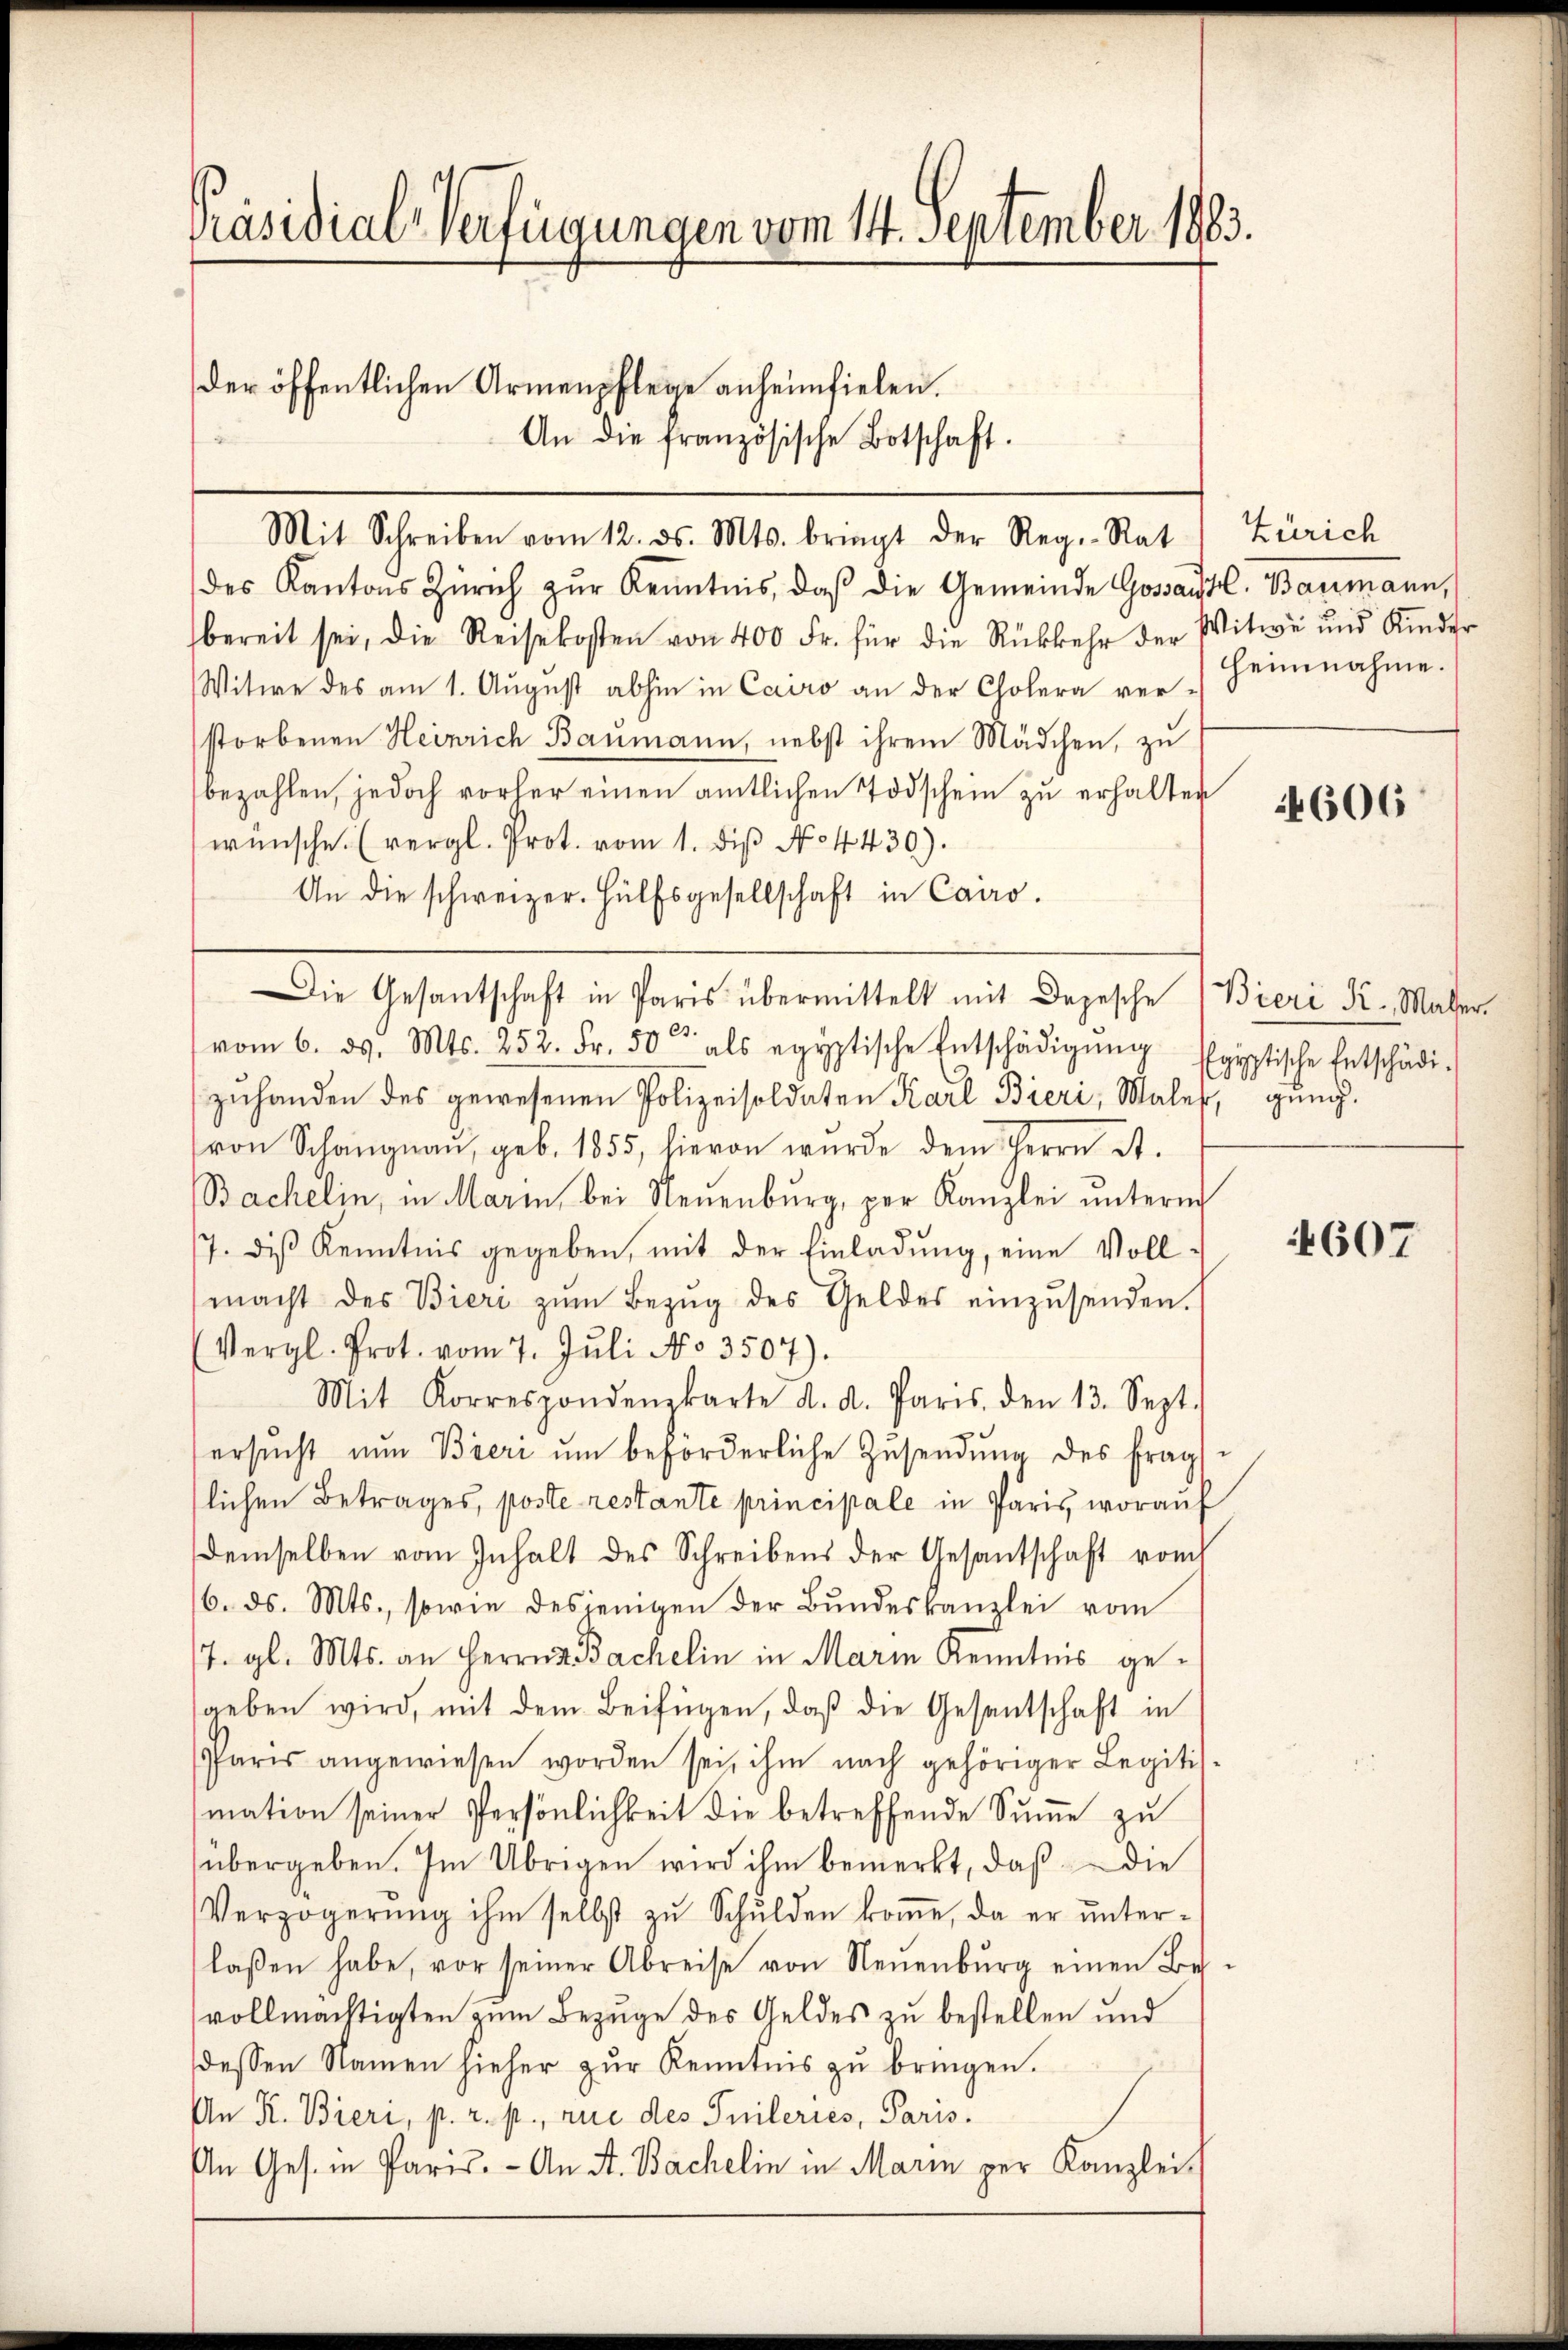
Präsidial-Verfügungen vom 14. September 1883.

der öffentlichen Armenpflege anheimfielen.

Mit Schreiben vom 12. ds. Mts. bringt der Reg.-Rat Zürich
des Kantons Zürich zŭr Kenntnis, daβ die Gemeinde Gossaustl. Baumann,
bereit sei, die Reisekosten von 400 Fr. für die Rückkehr der Witwe und Kinder
Witwe des am 1. August abhin in Cairo an der Cholera ver-
storbenen Heinrich Baumann, nebst ihrem Mädchen, zu
bezahlen, jedoch vorher einen amtlichen Todschein zu erhalten
wünsche. (vergl. Prot. vom 1. diβ N. 4430).
An die schweizer. Hülfsgesellschaft in Cairo.
Die Gesantschaft in Paris übermittelt mit Depesche Bieri K. Mater
vom 6. ds. Mts. 252. Fr. 50 als egyptische Entschädigŭng
zuhanden des gewesenen Polizeisoldaten Karl Bieri, Maler, gung.
von Schangnau, geb. 1855, hievon wurde dem Herrn St.
Bachelin, in Marin, bei Neuenburg, per Kanzlei unterm
7. diß Kenntnis gegeben, mit der Einladung, eine Vollmacht des Bieri zŭm Bezŭg des Geldes einzŭsenden.
Vergl. Prot. vom 7. Jŭli No 3507).
Mit Korrespondenzkarte d. d. Paris den 13. Sept.
ersŭcht nŭn Bieri ŭm beförderliche Zŭsendŭng des frags-
lichen Betrages, poste restante principale in Paris, worauf
demselben vom Inhalt des Schreibens der Gesantschaft vom
6. ds. Mts., sowie desjenigen der Bŭndeskanzlei vom
7. gl. Mts. an Herrn Bachelin in Marin Kenntnis gegeben wird, mit dem Beifügen, daß die Gesantschaft in
Paris angewiesen worden sei, ihm nach gehöriger Legitis-
mation seiner Persönlichkeit die betreffende Summe zu
übergeben. Im Übrigen wird ihm bemerkt, daß die
Verzögerŭng ihm selbst zŭ Schŭlden koṁe, da er ŭnter-
laßen habe, vor seiner Abreise von Neŭenbŭrg einen Be-
vollmächtigten zum Bezuge des Geldes zu bestellen und
dessen Namen hieher zŭr Kenntnis zŭ bringen.
An R. Bieri, p. r. p., rue des Inileries, Paris.
An Ges. in Paris. - An St. Bachelin in Marin per Kanzlei-

An die französische Botschaft.

heimnahme.

4606

Egyptische Entschädi¬

4607